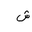
Letter: _shin